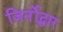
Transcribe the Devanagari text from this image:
जिर्नोद्धार